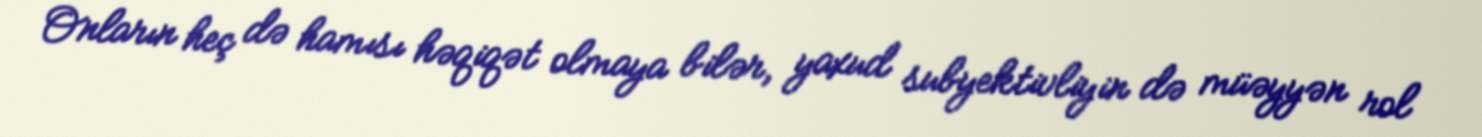
Onların heç də hamısı həqiqət olmaya bilər, yaxud subyektivliyin də müəyyən rol